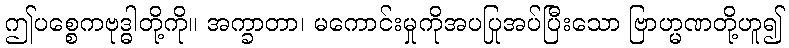
ဤပစ္စေကဗုဒ္ဓါတို့ကို။ အက္ခာတာ၊ မကောင်းမှုကိုအပပြုအပ်ပြီးသော ဗြာဟ္မဏတို့ဟူ၍